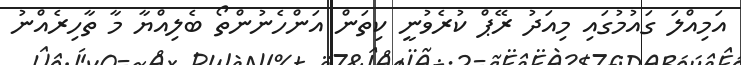
އަމިއްލަ ގައުމުގައި މިއަދު ރޭޕް ކުރެވުނީ ކިތަން އަންހެނުންތޯ ބެލިއްޔާ މާ ތާހިރެއްނު